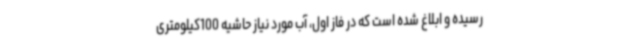
رسیده و ابلاغ شده است که در فاز اول، آب مورد نیاز حاشیه 100کیلومتری